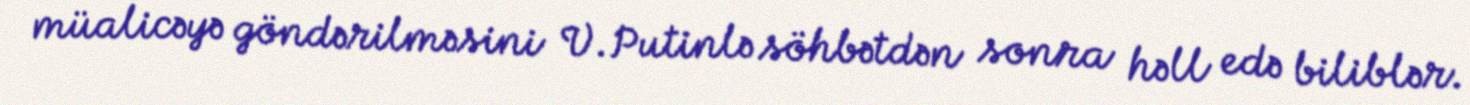
müalicəyə göndərilməsini V.Putinlə söhbətdən sonra həll edə biliblər.